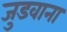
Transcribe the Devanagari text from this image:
जुडवाना